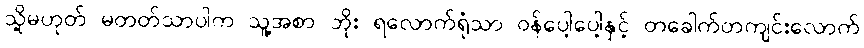
သို့မဟုတ် မတတ်သာပါက သူ့အစာ ဘိုး ရလောက်ရုံသာ ဝန်ပေါ့ပေါ့နှင့် တခေါက်တကျင်းလောက်